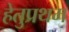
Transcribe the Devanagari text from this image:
हेतुप्रथम